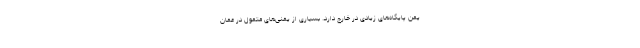
یمن پایگاه‌های زیادی در خارج دارد. بسیاری از یمنی‌های متمول در عمان